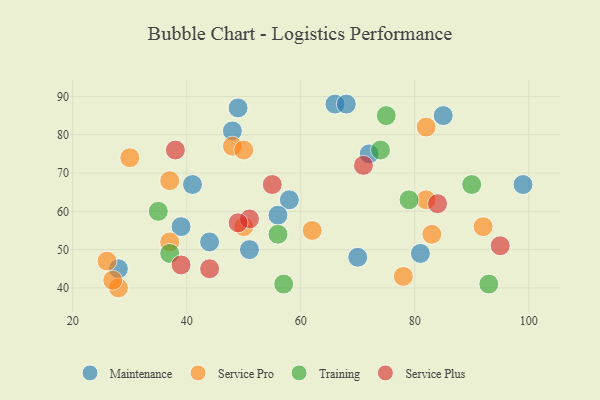
{"axis": {"x": "GDP", "y": "Life Expectancy"}, "legend": ["Maintenance", "Service Plus", "Service Pro", "Training"], "data": [{"x": "49", "y": 87, "type": "Maintenance"}, {"x": "66", "y": 88, "type": "Maintenance"}, {"x": "81", "y": 49, "type": "Maintenance"}, {"x": "70", "y": 48, "type": "Maintenance"}, {"x": "48", "y": 81, "type": "Maintenance"}, {"x": "58", "y": 63, "type": "Maintenance"}, {"x": "68", "y": 88, "type": "Maintenance"}, {"x": "99", "y": 67, "type": "Maintenance"}, {"x": "44", "y": 52, "type": "Maintenance"}, {"x": "39", "y": 56, "type": "Maintenance"}, {"x": "28", "y": 45, "type": "Maintenance"}, {"x": "85", "y": 85, "type": "Maintenance"}, {"x": "56", "y": 59, "type": "Maintenance"}, {"x": "41", "y": 67, "type": "Maintenance"}, {"x": "72", "y": 75, "type": "Maintenance"}, {"x": "51", "y": 50, "type": "Maintenance"}, {"x": "82", "y": 82, "type": "Service Pro"}, {"x": "37", "y": 68, "type": "Service Pro"}, {"x": "50", "y": 56, "type": "Service Pro"}, {"x": "92", "y": 56, "type": "Service Pro"}, {"x": "28", "y": 40, "type": "Service Pro"}, {"x": "48", "y": 77, "type": "Service Pro"}, {"x": "82", "y": 63, "type": "Service Pro"}, {"x": "62", "y": 55, "type": "Service Pro"}, {"x": "78", "y": 43, "type": "Service Pro"}, {"x": "26", "y": 47, "type": "Service Pro"}, {"x": "37", "y": 52, "type": "Service Pro"}, {"x": "27", "y": 42, "type": "Service Pro"}, {"x": "50", "y": 76, "type": "Service Pro"}, {"x": "30", "y": 74, "type": "Service Pro"}, {"x": "83", "y": 54, "type": "Service Pro"}, {"x": "35", "y": 60, "type": "Training"}, {"x": "57", "y": 41, "type": "Training"}, {"x": "75", "y": 85, "type": "Training"}, {"x": "90", "y": 67, "type": "Training"}, {"x": "56", "y": 54, "type": "Training"}, {"x": "74", "y": 76, "type": "Training"}, {"x": "79", "y": 63, "type": "Training"}, {"x": "37", "y": 49, "type": "Training"}, {"x": "93", "y": 41, "type": "Training"}, {"x": "44", "y": 45, "type": "Service Plus"}, {"x": "51", "y": 58, "type": "Service Plus"}, {"x": "39", "y": 46, "type": "Service Plus"}, {"x": "84", "y": 62, "type": "Service Plus"}, {"x": "55", "y": 67, "type": "Service Plus"}, {"x": "71", "y": 72, "type": "Service Plus"}, {"x": "38", "y": 76, "type": "Service Plus"}, {"x": "49", "y": 57, "type": "Service Plus"}, {"x": "95", "y": 51, "type": "Service Plus"}]}